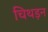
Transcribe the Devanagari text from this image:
चिथड़न